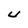
Character: U